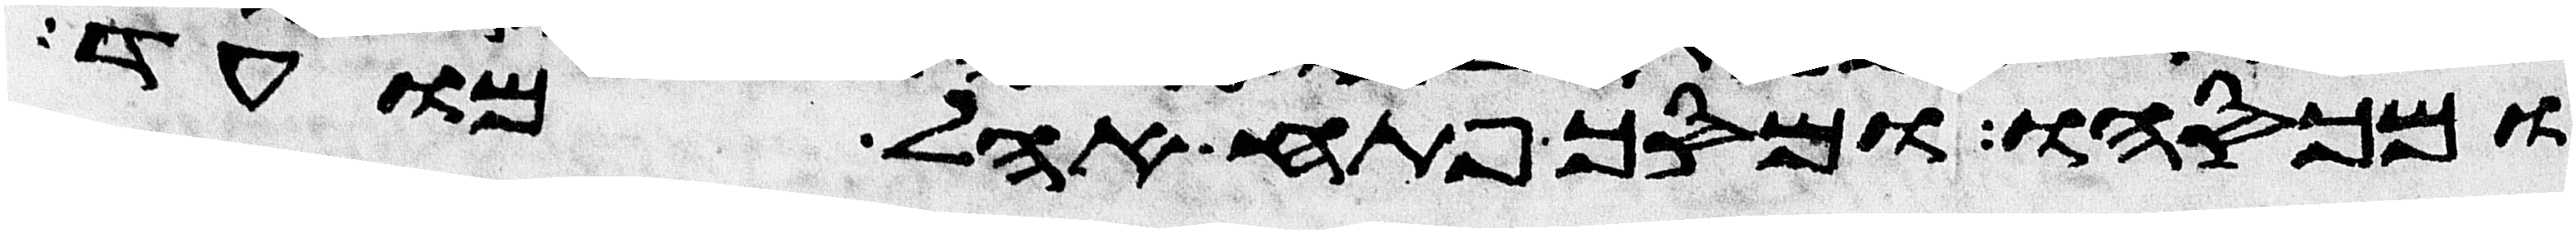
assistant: ומכסהו ומסך פתח אהל מועד